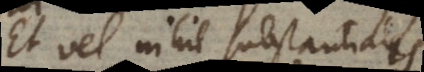
Et vel nihil substantialis